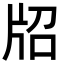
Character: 牊